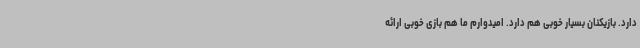
دارد. بازیکنان بسیار خوبی هم دارد. امیدوارم ما هم بازی خوبی ارائه